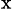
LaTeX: ^\mathrm{x}